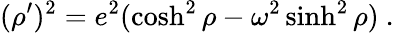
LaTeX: (\rho^{\prime})^{2}=e^{2}(\cosh^{2}\rho-\omega^{2}\sinh^{2}\rho)\ .